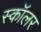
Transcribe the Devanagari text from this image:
स्‍कॉलर